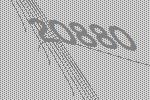
20880